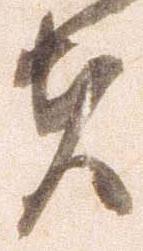
夫